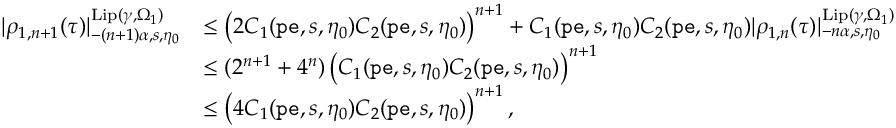
\begin{array} { r l } { | \rho _ { 1 , n + 1 } ( \tau ) | _ { - ( n + 1 ) \alpha , s , \eta _ { 0 } } ^ { \mathrm { L i p } ( \gamma , \Omega _ { 1 } ) } } & { \le \left( 2 C _ { 1 } ( \mathtt { p e } , s , \eta _ { 0 } ) C _ { 2 } ( \mathtt { p e } , s , \eta _ { 0 } ) \right) ^ { n + 1 } + C _ { 1 } ( \mathtt { p e } , s , \eta _ { 0 } ) C _ { 2 } ( \mathtt { p e } , s , \eta _ { 0 } ) | { \rho _ { 1 , n } } ( \tau ) | _ { - n \alpha , s , \eta _ { 0 } } ^ { \mathrm { L i p } ( \gamma , \Omega _ { 1 } ) } } \\ & { \le ( 2 ^ { n + 1 } + 4 ^ { n } ) \left( C _ { 1 } ( \mathtt { p e } , s , \eta _ { 0 } ) C _ { 2 } ( \mathtt { p e } , s , \eta _ { 0 } ) \right) ^ { n + 1 } } \\ & { \le \left( 4 C _ { 1 } ( \mathtt { p e } , s , \eta _ { 0 } ) C _ { 2 } ( \mathtt { p e } , s , \eta _ { 0 } ) \right) ^ { n + 1 } , } \end{array}